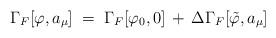
LaTeX: \begin{align*}\Gamma_F[\varphi, a_\mu] \;=\; \Gamma_F[\varphi_0, 0]\,+\, \Delta\Gamma_F[{\tilde\varphi}, a_\mu]\end{align*}